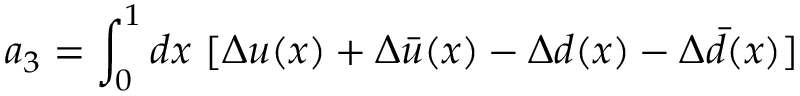
a _ { 3 } = \int _ { 0 } ^ { 1 } d x ~ [ \Delta u ( x ) + \Delta \bar { u } ( x ) - \Delta d ( x ) - \Delta \bar { d } ( x ) ]